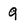
Character: 9